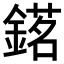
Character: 𨪓